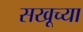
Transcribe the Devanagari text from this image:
सखूच्या